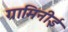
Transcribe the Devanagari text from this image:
ग्रामिनीई